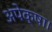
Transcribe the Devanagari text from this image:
अपेक्षा।